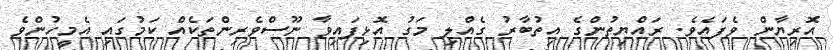
އޮރިޔާން ވެފައެވެ. ރައްޔިތުންގެ އިތުބާރު ގެއްލި މަގު އޮޅިފައިވާ ނޫސްވެރިންތަކެއް ކަމުގައި އެމީހުންވެ